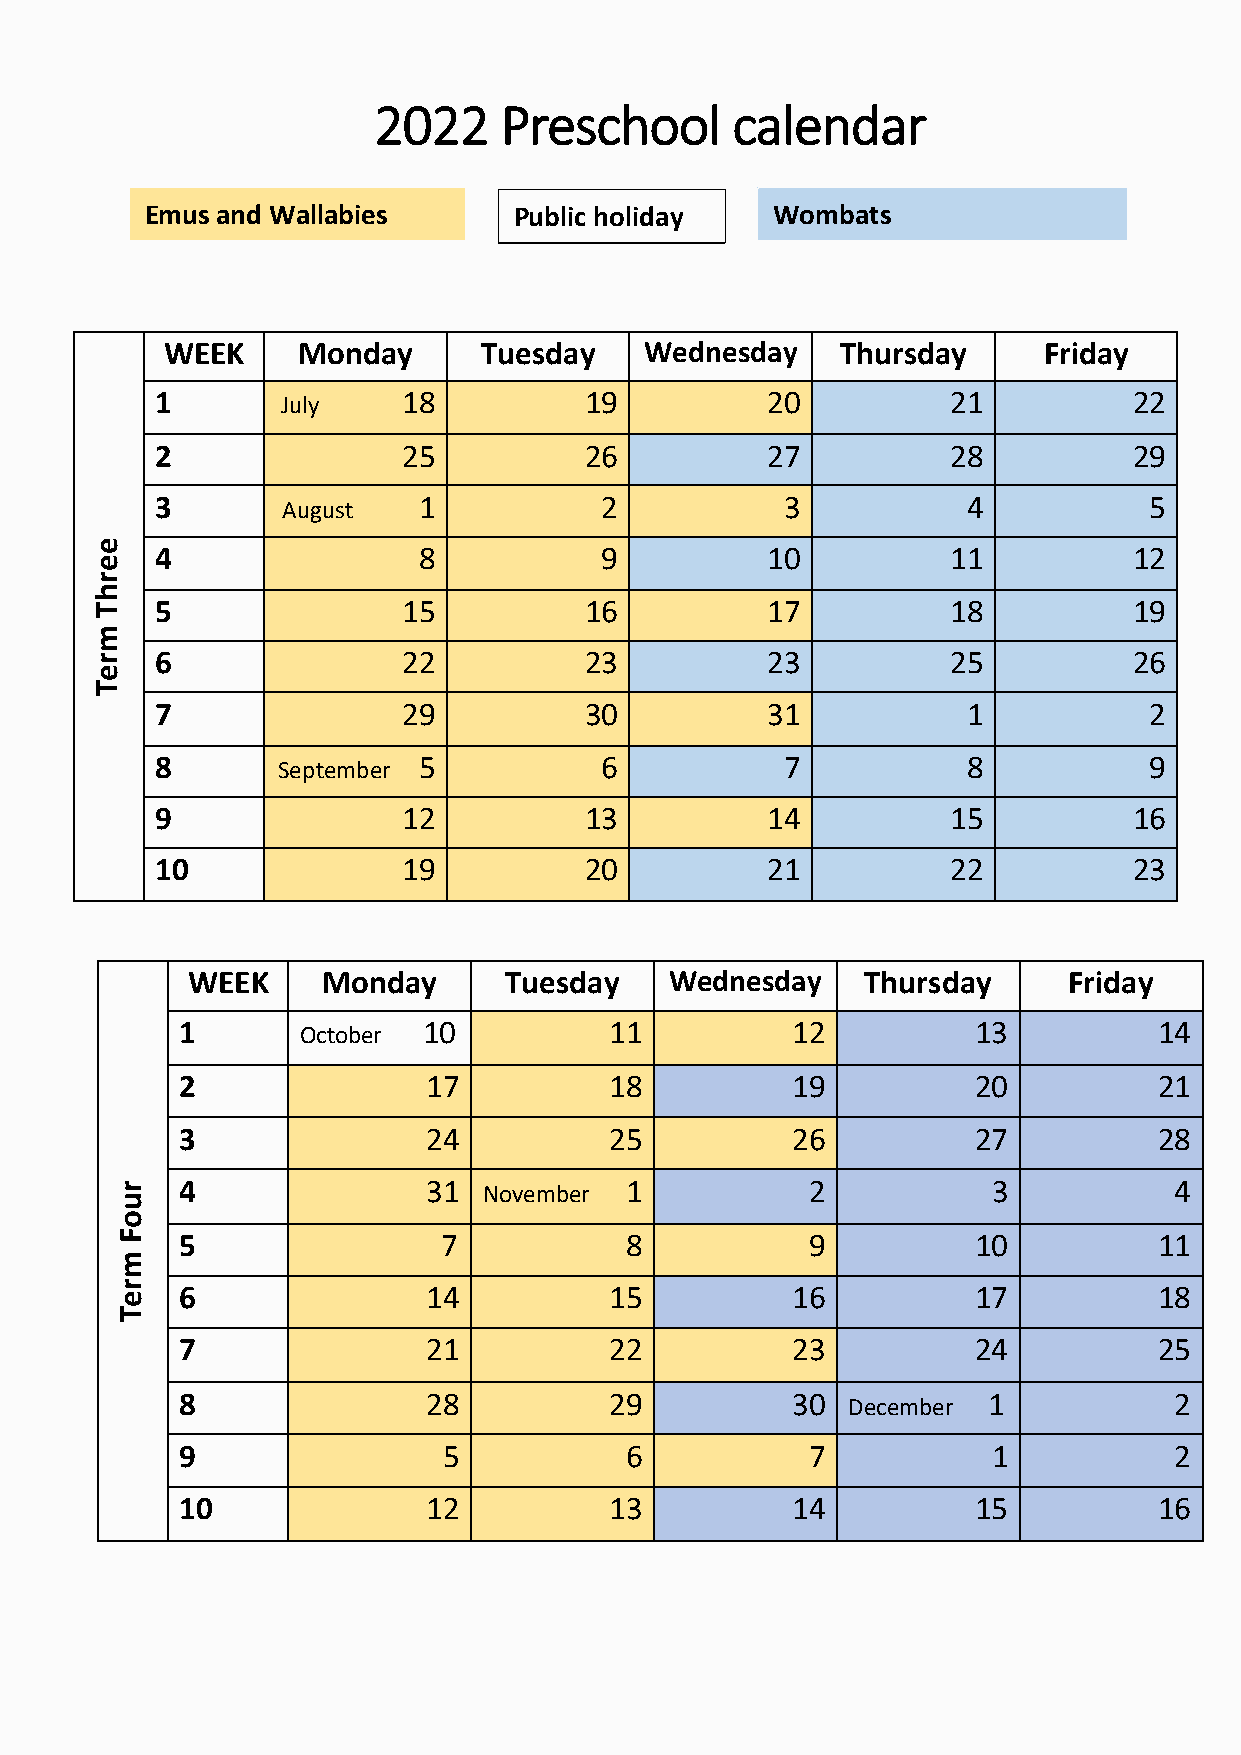
2022    Preschool      calendar
 Emus and Wallabies      Public holiday   Wombats
 WEEK     Monday      Tuesday    Wednesday    Thursday     Friday
 1        July    18          19          20          21          22
 2                25          26          27          28          29
 3        August   1           2           3           4           5
 e
 4                 8           9          10          11          12
 e
 r
 h
 T   5                15          16          17          18          19
 m
 r   6                22          23          23          25          26
 e
 T
 7                29          30          31           1           2
 8       September 5           6           7           8           9
 9                12          13          14          15          16
 10               19          20          21          22          23
 WEEK     Monday      Tuesday    Wednesday    Thursday      Friday
 1       October 10          11          12          13           14
 2               17          18          19          20           21
 3               24          25          26          27           28
 r   4               31  November 1            2           3           4
 u
 o
 F   5                7           8            9         10           11
 m
 r e 6               14          15          16          17           18
 T
 7               21          22          23          24           25
 8               28          29          30  December 1            2
 9                5           6            7           1           2
 10              12          13          14          15           16